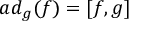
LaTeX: a d _ { g } ( f ) = [ f , g ]